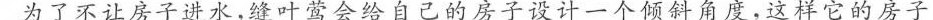
为了不让房子进水，缝叶莺会给自己的房子设计一个倾斜角度，这样它的房子